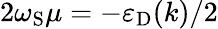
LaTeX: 2\omega_{\mathrm{S}}\mu=-\varepsilon_{\mathrm{D}}(k)/2